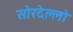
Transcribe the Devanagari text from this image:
सोरदेल्लो